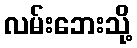
လမ်းဘေးသို့